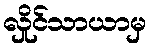
လှိုင်သာယာမှ